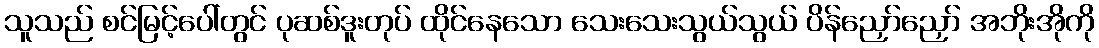
သူသည် စင်မြင့်ပေါ်တွင် ပုဆစ်ဒူးတုပ် ထိုင်နေသော သေးသေးသွယ်သွယ် ပိန်ညှော်ညှော် အဘိုးအိုကို